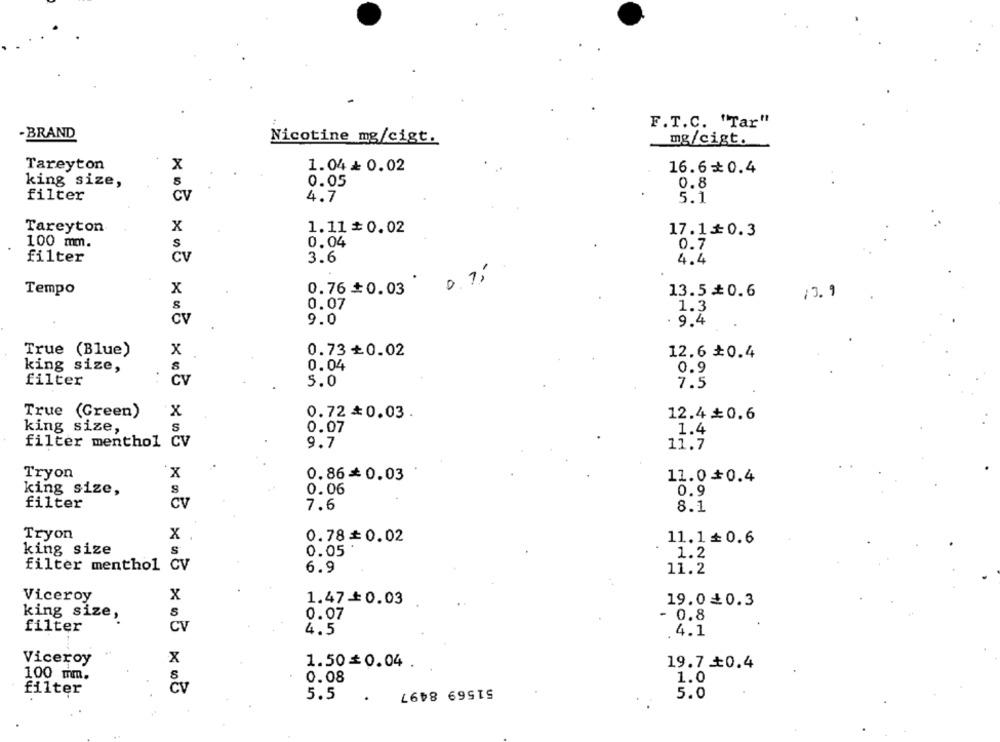
F.T.C. "Tar"
- BRAND
Nicotine mg/cigt.
mg/cigt.
Tareyton
x
1.04+ 0.02
16.6 0.4
king size,
0.05
0.8
filter
CV
4.7
5.1
Tareyton
X
1.11 #0.02
17.1≤0.3
100 mm.
0.04
S
0.7
filter
CV
3.6
4.4
0.1
Tempo
x
0.76 #0.03
13.5₺0.6
13.9
0.07
1.3
CV
.
9.0
9.4
True (Blue)
x
0.73+0.02
12.6 ₺0.4
king size,
0.04
0.9
filter
CV
5.0
7.5
True (Green)
x
0.72 * 0.03.
12.4+0.6
king size,
S
0.07
1.4
filter menthol CV
9.7
11.7
Tryon
X
0.86=0.03
11.0+0.4
0.06
king size,
0.9
filter
CV
7.6
8.1
Tryon
X
0.78= 0.02
11.1≤0.6
king size
0.05
1.2
filter menthol CV
6.9
11.2
Viceroy
X
1.47 +0.03
19.0₫0.3
king size,
S
0.07
- 0.8
filter
CV
4.5
4.1
Viceroy
x
1.50*0.04 .
19.7 +0.4
100 mm.
0.08
1.0
čv
51569 8497
filter
5.5
5.0